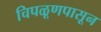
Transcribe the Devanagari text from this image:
चिपळूणपासून